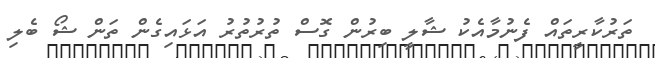
ތަރުކާރީތައް ފެނުމާއެކު ޝާލީ ބިރުން ގޮސް ތުރުތުރު އަޅައިގެން ތަން ޝޯ ބެލި